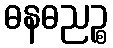
ဓနဓညဉ္စ